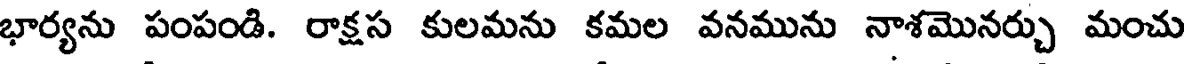
భార్యను పంపండి. రాక్షస కులమను కమల వనమును నాశమొనర్చు మంచు